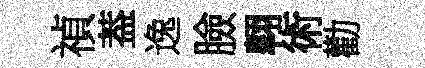
禎葢逸臉翺術勸